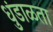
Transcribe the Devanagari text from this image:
धुंडाळता